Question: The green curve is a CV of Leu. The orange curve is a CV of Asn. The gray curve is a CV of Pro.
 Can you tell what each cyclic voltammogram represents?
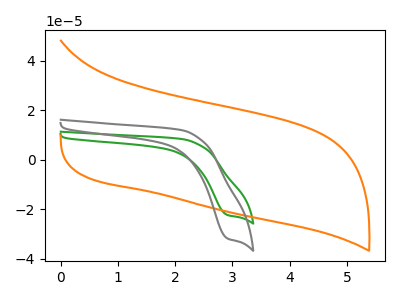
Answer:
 <answer>The green curve is labeled "Leu". The orange curve is labeled "Asn". The gray curve is labeled "Pro".</answer>
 <eval></eval>